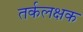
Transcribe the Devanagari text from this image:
तर्कलक्षक